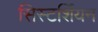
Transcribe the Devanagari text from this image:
सिस्टर्शियन